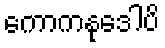
ကောကနုဒေါပိ